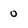
Character: 0